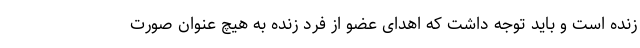
زنده است و باید توجه داشت که اهدای عضو از فرد زنده به هیچ عنوان صورت